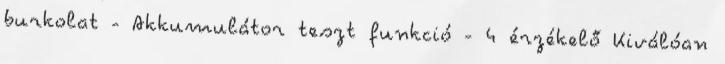
burkolat - Akkumulátor teszt funkció - 4 érzékelő Kiválóan